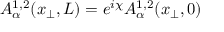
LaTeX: A _ { \alpha } ^ { 1 , 2 } ( x _ { \perp } , L ) = e ^ { i \chi } A _ { \alpha } ^ { 1 , 2 } ( x _ { \perp } , 0 )